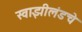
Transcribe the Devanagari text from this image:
स्वाझीलंडचे